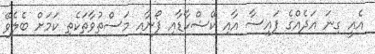
އެއީ ގިނަ އަދެއްގެ ފައިސާ އާއި ކޭޝްކާޑާއި ފޯނާއި މަސްތުވާތަކެތި ކަމަށް ބެލެވޭ